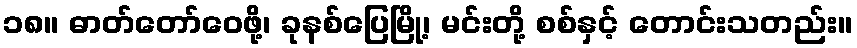
၁၈။ ဓာတ်တော်ဝေဖို့၊ ခုနစ်ပြေမြို့၊ မင်းတို့ စစ်နှင့် တောင်းသတည်း။